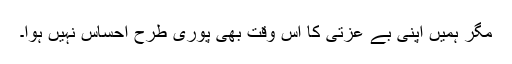
مگر ہمیں اپنی بے عزتی کا اس وقت بھی پوری طرح احساس نہیں ہوا۔